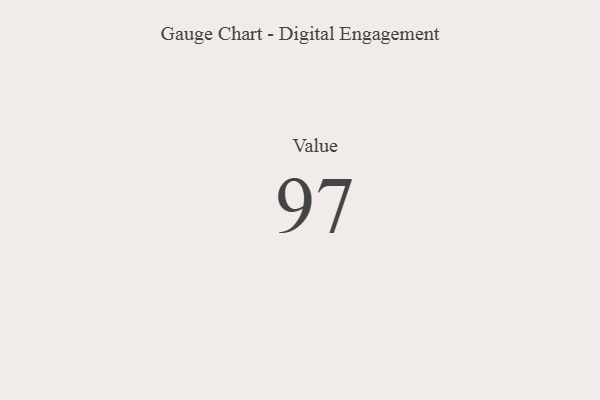
{"axis": {"x": "Metric", "y": "Value"}, "legend": [""], "data": [{"x": "Value", "y": 97, "type": ""}]}